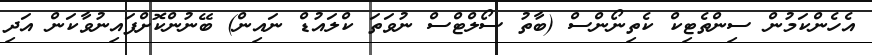
އެހެންކަމުން ސިންތެޓިކް ކެތިނޯންސް (ބާތު ސޯލްޓްސް ނުވަތަ ކްލައުޑް ނައިން) ބޭނުންކޮށްފައިނުވާކަން އަދި